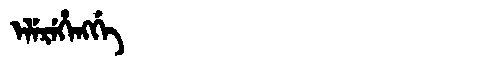
Manchu: ᡝᠯᡝᡵᡝᡥᡝᠩᡤᡝ
Romanization: ELEREHENGGE